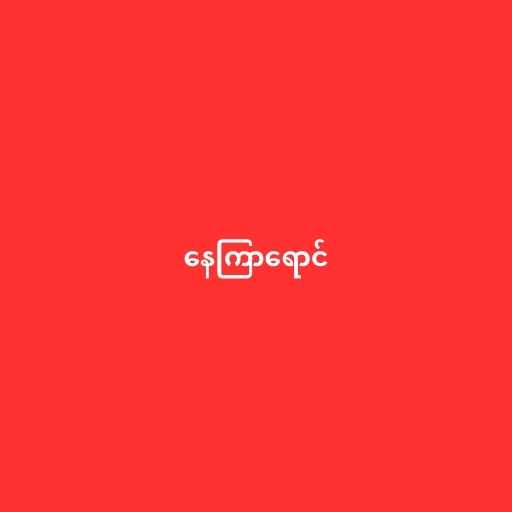
နေကြာရောင်